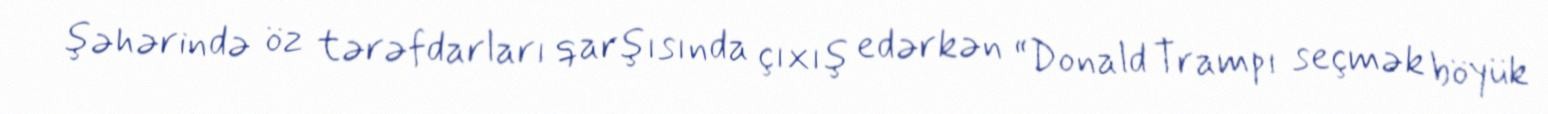
şəhərində öz tərəfdarları qarşısında çıxış edərkən “Donald Trampı seçmək böyük